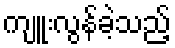
ကျူးလွန်ခဲ့သည့်